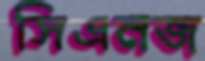
সিএনজ